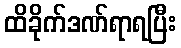
ထိခိုက်ဒဏ်ရာရပြီး